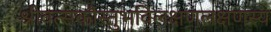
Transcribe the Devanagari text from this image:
श्रीवत्सकौस्तुभविलक्षणलक्षणस्य